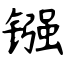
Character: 镪